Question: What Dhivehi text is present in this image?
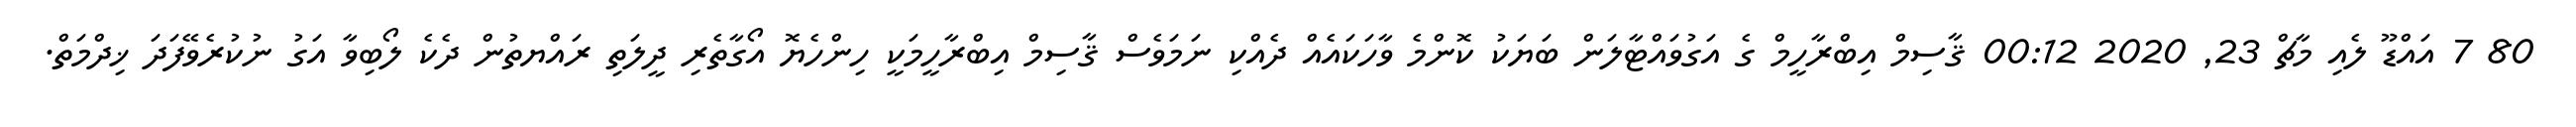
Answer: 80 7 އައްޑޫ ލެއި މާޗް 23, 2020 00:12 ޤާސިމް އިބްރާހީމް ގެ އަގުވައްޓާލަން ބަޔަކު ކޮންމެ ވާހަކައެއް ދެއްކި ނަމަވެސް ޤާސިމް އިބްރާހީމަކީ ހިންހެޔޮ އޯގާތެރި ދީލަތި ރައްޔތުން ދެކެ ލޯބިވާ އަގު ނުކުރެވޭފަދަ ޚިދްމަތް.